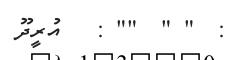
:  " "  "" :   އުރީދޫ